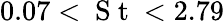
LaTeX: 0.07<\mathrm{~S~t~}<2.79